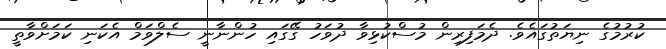
ކުރުމުގެ ނިޔަތުގައެވެ. ދެމަފިރިން މުސްކުޅިވާ ދުވަހު ގޭގައި ހުންނާނީ ސެލްވަމް އެކަނި ކަމަށްވާތީ